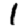
Digit: 1